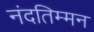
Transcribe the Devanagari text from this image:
नंदतिम्मन